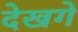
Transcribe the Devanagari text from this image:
देखगे